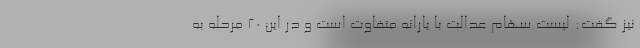
نیز گفت: لیست سهام عدالت با یارانه متفاوت است و در این ۲۰ مرحله به